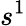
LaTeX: s^{1}